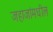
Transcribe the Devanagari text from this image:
जहाजांमधील